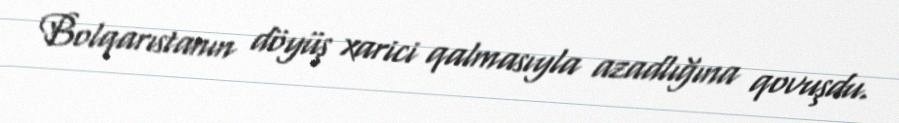
Bolqarıstanın döyüş xarici qalmasıyla azadlığına qovuşdu.